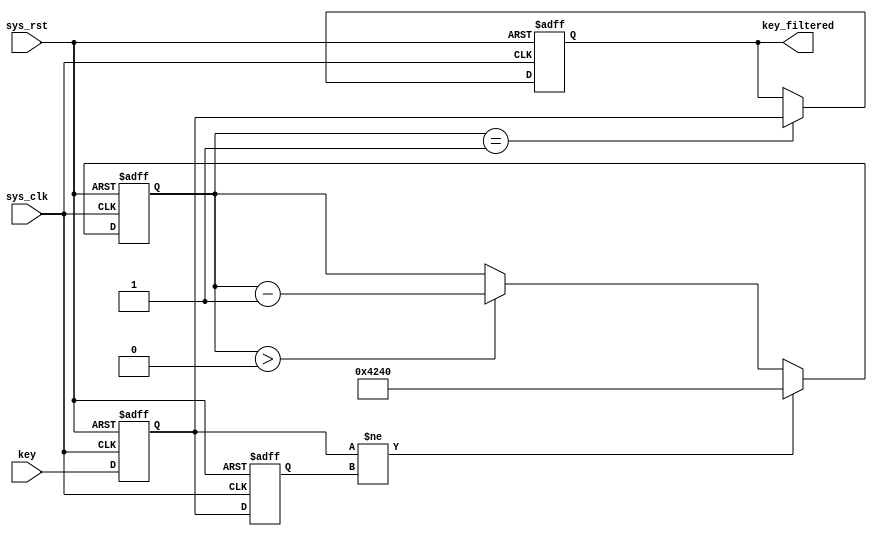
module key_debounce (
    input wire [0:0] sys_clk,
    input wire [0:0] sys_rst,
    input wire [0:0] key,
    output reg [0:0] key_filtered
);

parameter CNT_MAX = 20'd1000000;

reg [0:0] key_b0;
reg [0:0] key_b1;

// record beat of the key
always @(posedge sys_clk or negedge sys_rst) begin
    if (!sys_rst) begin
        key_b0 <= 1'b1;
        key_b1 <= 1'b1;
    end else begin
        key_b0 <= key;
        key_b1 <= key_b0;
    end
end

reg [14:0] cnt;
// count the key signal to keep 20ms
always @(posedge sys_clk or negedge sys_rst) begin
    if (!sys_rst) 
        cnt <= 20'd0;
    else if (key_b0 != key_b1) 
        cnt <= CNT_MAX;
    else if (cnt > 0)
        cnt <= cnt - 20'd1;
    else ;
end

// if the signal keeps for 20ms, record key signal
always @(posedge sys_clk or negedge sys_rst) begin
    if (!sys_rst)
        key_filtered <= 1'b1;
    else if (cnt == 1)
        key_filtered <= key_b0;
    else ;
end
endmodule